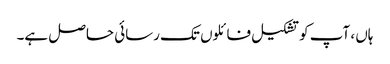
ہاں ، آپ کو تشکیل فائلوں تک رسائی حاصل ہے۔